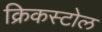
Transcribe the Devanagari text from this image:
क्रिकस्टोल